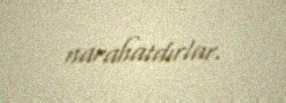
narahatdırlar.